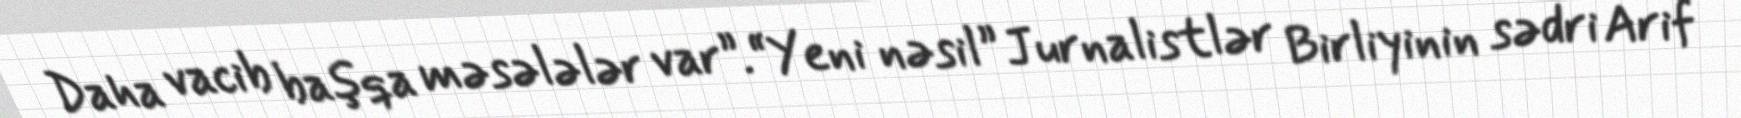
Daha vacib başqa məsələlər var”.“Yeni nəsil” Jurnalistlər Birliyinin sədri Arif